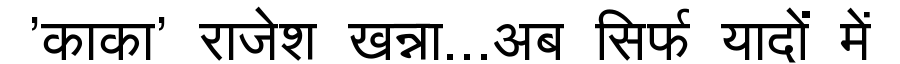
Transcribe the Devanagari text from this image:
'काका' राजेश खन्ना...अब सिर्फ यादों में